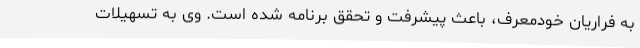
به فراریان خودمعرف، باعث پیشرفت و تحقق برنامه شده است. وی به تسهیلات